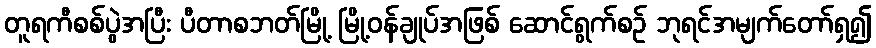
တူရကီစစ်ပွဲအပြီး ပီတာစဘတ်မြို့ မြို့ဝန်ချုပ်အဖြစ် ဆောင်ရွက်စဉ် ဘုရင်အမျက်တော်ရှ၍